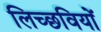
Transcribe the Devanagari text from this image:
लिच्छवियाें